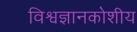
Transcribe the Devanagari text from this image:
विश्वज्ञानकोशीय